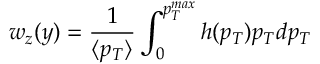
w _ { z } ( y ) = \frac { 1 } { \langle p _ { T } \rangle } \int _ { 0 } ^ { p _ { T } ^ { m a x } } h ( p _ { T } ) p _ { T } d p _ { T }